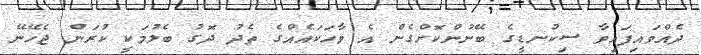
ދެއްވައިފައިވާ ސިކުނޑީގެ ބޭނުންކޮށްގެން އެ ވާހަކައެއްގެ ތެދު ދޮގު ބެލުމަކީ ކުރަން ޖެހޭނޭ